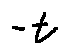
- t